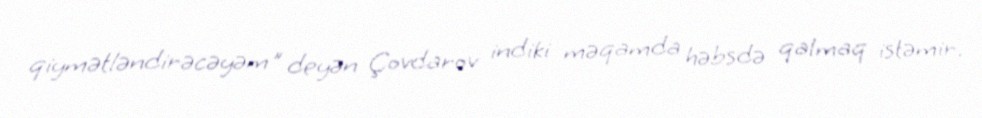
qiymətləndirəcəyəm" deyən Çovdarov indiki məqamda həbsdə qalmaq istəmir.